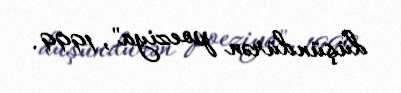
düşündürən poeziya", 1999.